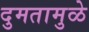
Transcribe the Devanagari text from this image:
दुमतामुळे